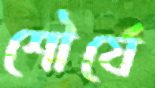
শৌর্যে